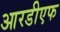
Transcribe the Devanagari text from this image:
आरडीएफ